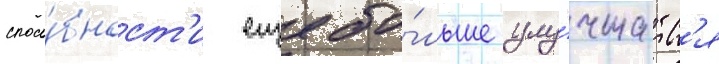
спосо́бност'и еще бо́льше улу́чшатс'я